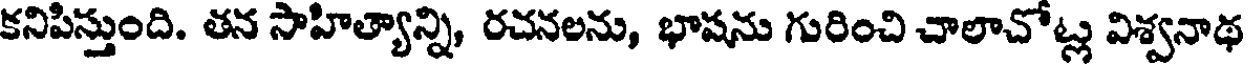
కనిపిస్తుంది. తన సాహిత్యాన్ని, రచనలను, భాషను గురించి చాలాచోట్ల విశ్వనాథ